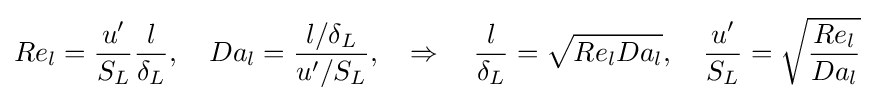
Re_{l}={\frac {u'}{S_{L}}}{\frac {l}{\delta _{L}}},\quad Da_{l}={\frac {l/\delta _{L}}{u'/S_{L}}},\quad \Rightarrow \quad {\frac {l}{\delta _{L}}}={\sqrt {Re_{l}Da_{l}}},\quad {\frac {u'}{S_{L}}}={\sqrt {\frac {Re_{l}}{Da_{l}}}}